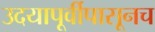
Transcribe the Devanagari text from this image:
उदयापूर्वीपासूनच